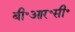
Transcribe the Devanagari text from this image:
बी॰आर॰सी॰